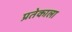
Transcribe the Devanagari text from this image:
प्रतेकाला